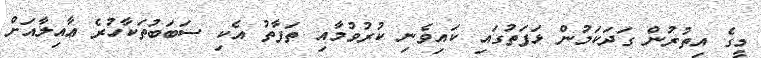
މީގެ އިތުރުން ގަދަކަމުން ޅަފަތުގައި ކައިވެނި ކުރުވުމާއި ތަފާތު އެކި ސަބަބުތަކާހުރެ ޢާއިލާއަށް